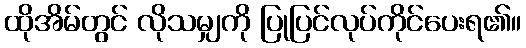
ထိုအိမ်တွင် လိုသမျှကို ပြုပြင်လုပ်ကိုင်ပေးရ၏။